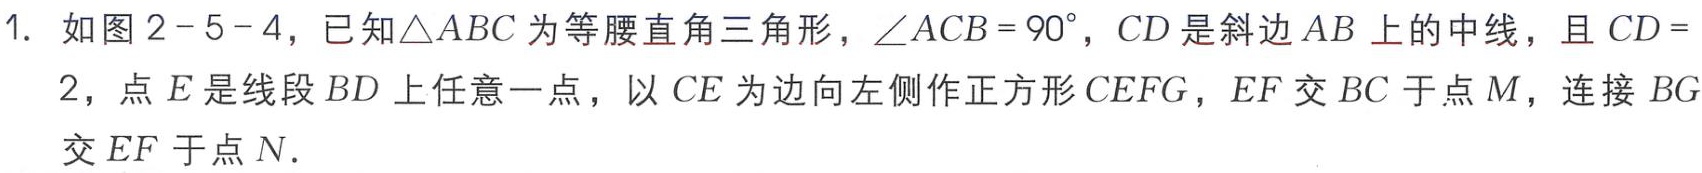
1. 如图 \(2 - 5 - 4\)，已知\(\triangle ABC\)为等腰直角三角形，\(\angle ACB = 90^{\circ}\)，\(CD\)是斜边\(AB\)上的中线，且\(CD = 2\)，点\(E\)是线段\(BD\)上任意一点，以 \(CE\)为边向左侧作正方形\(CEFG\)，\(EF\)交\(BC\)于点\(M\)，连接 \(BG\)交\(EF\)于点\(N\).